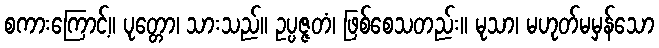
စကားကြောင့်။ ပုတ္တော၊ သားသည်။ ဥပ္ပဇ္ဇတံ၊ ဖြစ်စေသတည်း။ မုသာ၊ မဟုတ်မမှန်သော